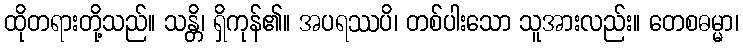
ထိုတရားတို့သည်။ သန္တိ၊ ရှိကုန်၏။ အပရဿပိ၊ တစ်ပါးသော သူအားလည်း။ တေစဓမ္မာ၊